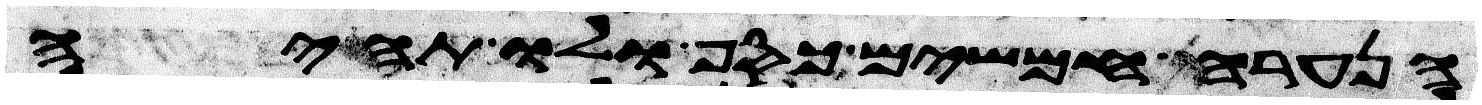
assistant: הנערה חמשים כסף ולו תהיה